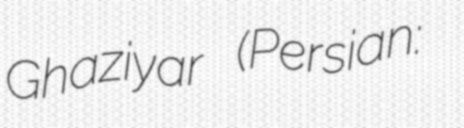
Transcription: Ghaziyar (Persian: جواد